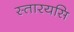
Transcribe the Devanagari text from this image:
स्तारयसि